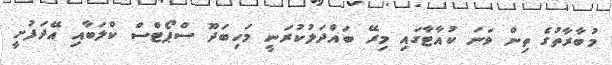
މުބާރާތުގެ ތިން ވަނަ ކުއާޓާގައި މިރޭ ބައްދަލުކުރަނީ މަހިބަދޫ ސްޕޯޓްސް ކްލަބާއި އޭދަފުށީ